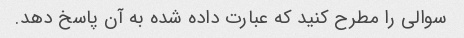
سوالی را مطرح کنید که عبارت داده شده به آن پاسخ دهد.